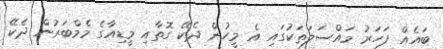
ބައެއް ފަހަރު މައްސަލަތަކުގައި އެ މީހުން ދެކޭ ގޮތާއި މީޑިއާގެ މެމްބަރުން ދެކޭ